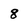
Character: 8